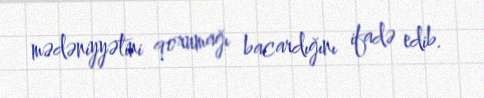
mədəniyyətini qorumağı bacardığını ifadə edib.